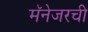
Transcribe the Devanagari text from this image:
मॅनेजरची